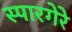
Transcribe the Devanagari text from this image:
स्पारगेरे